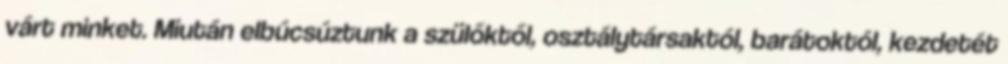
várt minket. Miután elbúcsúztunk a szülőktől, osztálytársaktól, barátoktól, kezdetét